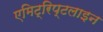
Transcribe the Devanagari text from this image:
एमिट्रिप्टलाइन